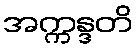
အက္ကန္ဒတိ